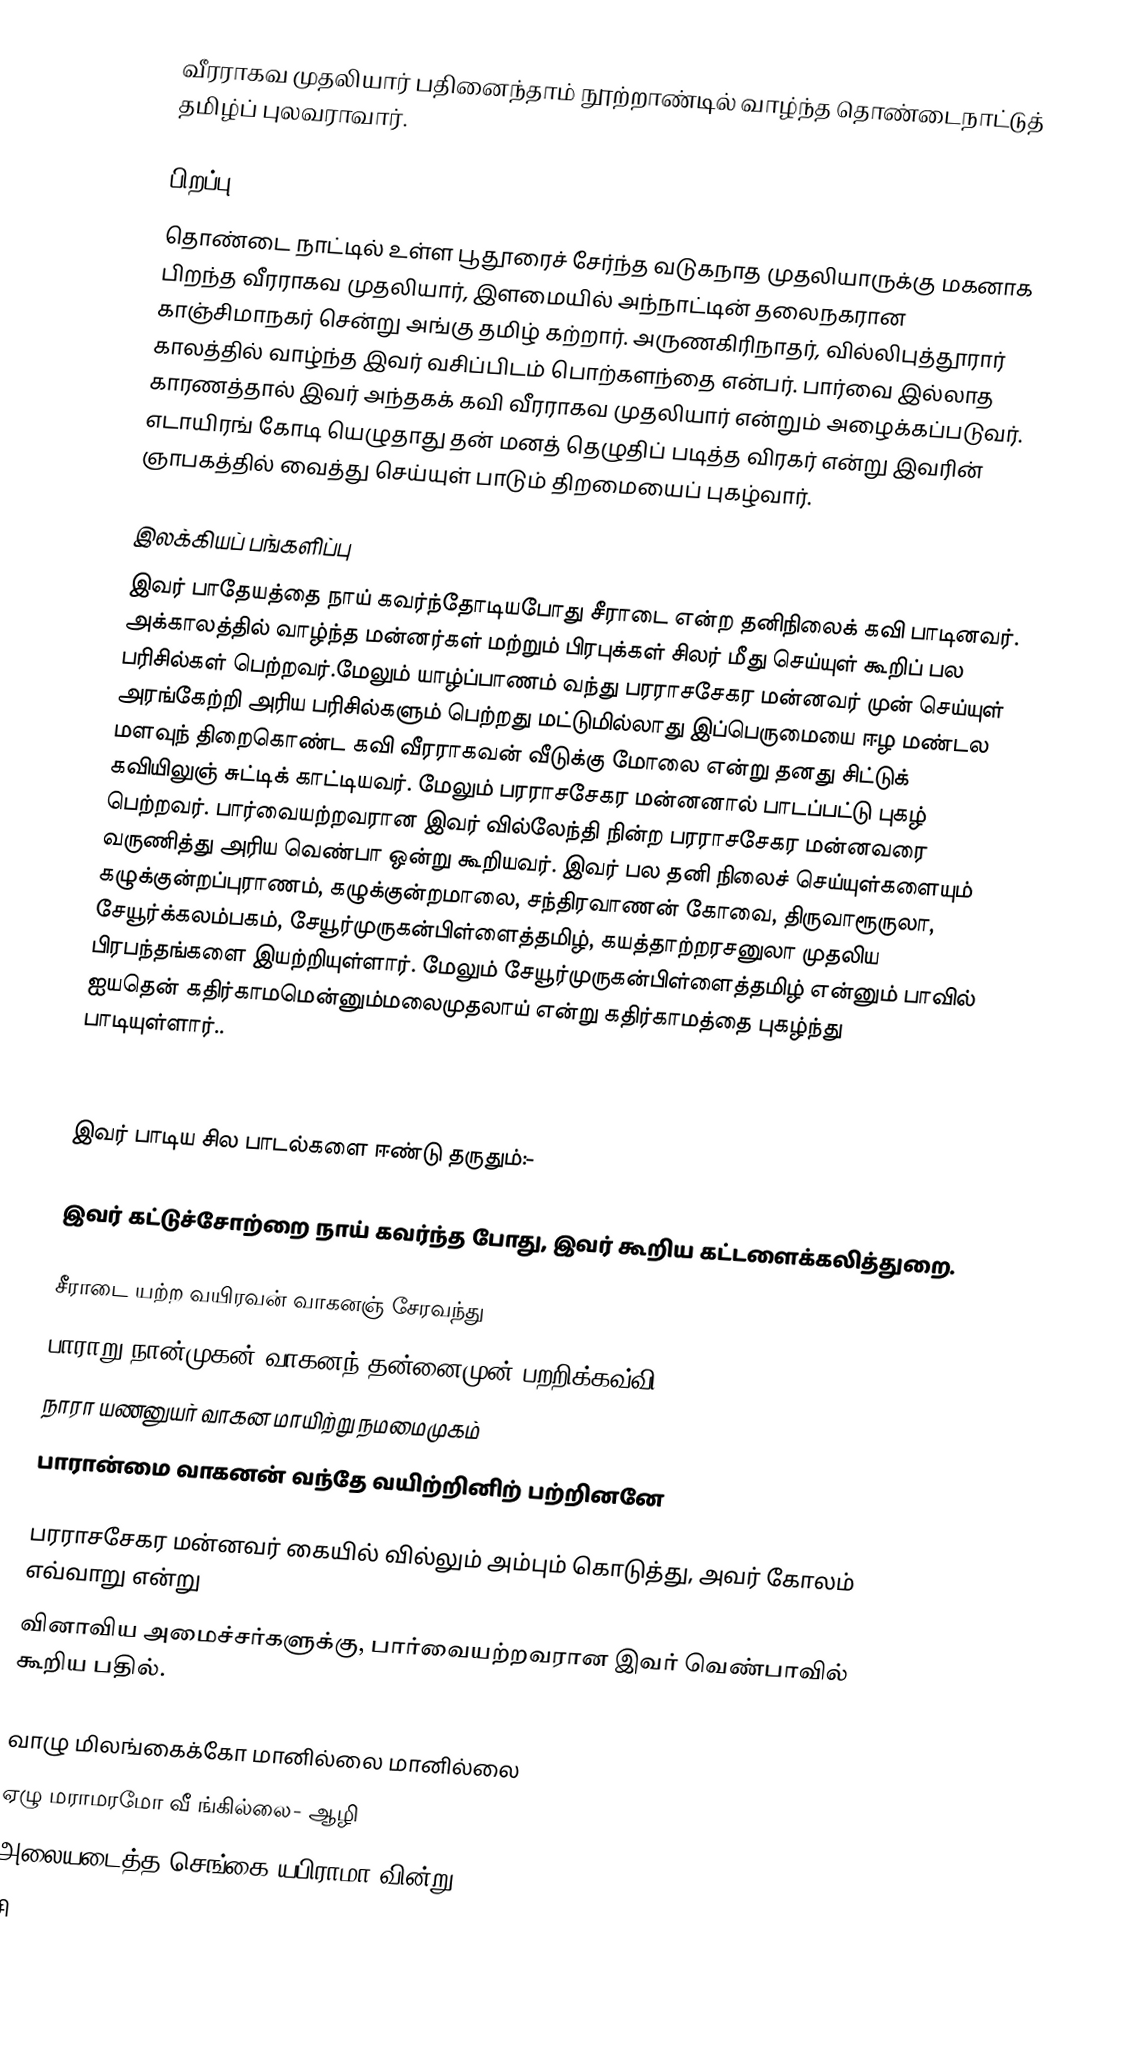
வீரராகவ முதலியார் பதினைந்தாம் நூற்றாண்டில் வாழ்ந்த தொண்டைநாட்டுத் தமிழ்ப் புலவராவார்.

பிறப்பு
தொண்டை நாட்டில் உள்ள  பூதூரைச் சேர்ந்த வடுகநாத முதலியாருக்கு மகனாக பிறந்த வீரராகவ முதலியார், இளமையில் அந்நாட்டின் தலைநகரான காஞ்சிமாநகர் சென்று அங்கு தமிழ் கற்றார். அருணகிரிநாதர், வில்லிபுத்தூரார் காலத்தில் வாழ்ந்த இவர் வசிப்பிடம் பொற்களந்தை என்பர். பார்வை இல்லாத காரணத்தால் இவர் அந்தகக் கவி வீரராகவ முதலியார்  என்றும் அழைக்கப்படுவர்.  எடாயிரங் கோடி யெழுதாது தன் மனத் தெழுதிப் படித்த விரகர்  என்று இவரின் ஞாபகத்தில் வைத்து செய்யுள் பாடும் திறமையைப் புகழ்வார்.

இலக்கியப் பங்களிப்பு
இவர் பாதேயத்தை நாய் கவர்ந்தோடியபோது சீராடை என்ற தனிநிலைக் கவி பாடினவர். அக்காலத்தில் வாழ்ந்த  மன்னர்கள் மற்றும் பிரபுக்கள் சிலர் மீது செய்யுள் கூறிப் பல பரிசில்கள் பெற்றவர்.மேலும் யாழ்ப்பாணம் வந்து பரராசசேகர மன்னவர் முன் செய்யுள் அரங்கேற்றி  அரிய  பரிசில்களும் பெற்றது மட்டுமில்லாது இப்பெருமையை ஈழ மண்டல மளவுந் திறைகொண்ட கவி வீரராகவன் வீடுக்கு மோலை என்று தனது சிட்டுக் கவியிலுஞ் சுட்டிக் காட்டியவர். மேலும் பரராசசேகர மன்னனால் பாடப்பட்டு புகழ் பெற்றவர். பார்வையற்றவரான இவர் வில்லேந்தி நின்ற  பரராசசேகர மன்னவரை வருணித்து அரிய வெண்பா ஒன்று கூறியவர். இவர் பல தனி நிலைச் செய்யுள்களையும் கழுக்குன்றப்புராணம், கழுக்குன்றமாலை, சந்திரவாணன் கோவை, திருவாரூருலா,  சேயூர்க்கலம்பகம், சேயூர்முருகன்பிள்ளைத்தமிழ், கயத்தாற்றரசனுலா முதலிய பிரபந்தங்களை  இயற்றியுள்ளார். மேலும் சேயூர்முருகன்பிள்ளைத்தமிழ் என்னும் பாவில்  ஐயதென் கதிர்காமமென்னும்மலைமுதலாய் என்று கதிர்காமத்தை புகழ்ந்து பாடியுள்ளார்..

இவர் பாடிய சில  பாடல்களை ஈண்டு தருதும்:-

இவர் கட்டுச்சோற்றை நாய் கவர்ந்த போது, இவர் கூறிய கட்டளைக்கலித்துறை.

 சீராடை யற்ற வயிரவன் வாகனஞ் சேரவந்து
 பாராறு நான்முகன் வாகனந் தன்னைமுன் பறறிக்கவ்வி
 நாரா யணனுயர் வாகன மாயிற்று நமமைமுகம்
 பாரான்மை வாகனன் வந்தே வயிற்றினிற் பற்றினனே

பரராசசேகர மன்னவர் கையில் வில்லும் அம்பும் கொடுத்து, அவர் கோலம் எவ்வாறு என்று
வினாவிய அமைச்சர்களுக்கு, பார்வையற்றவரான இவர் வெண்பாவில் கூறிய பதில்.

 வாழு மிலங்கைக்கோ மானில்லை மானில்லை
 ஏழு மராமரமோ வீ ங்கில்லை- ஆழி
 அலையடைத்த செங்கை யபிராமா  வின்று
 சி